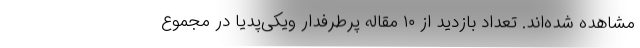
مشاهده شده‌اند. تعداد بازدید از ۱۰ مقاله پرطرفدار ویکی‌پدیا در مجموع